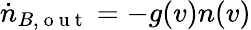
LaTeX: \dot{n}_{B,\mathrm{~o~u~t~}}=-g(v)n(v)